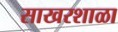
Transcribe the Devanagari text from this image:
साखरशाळा